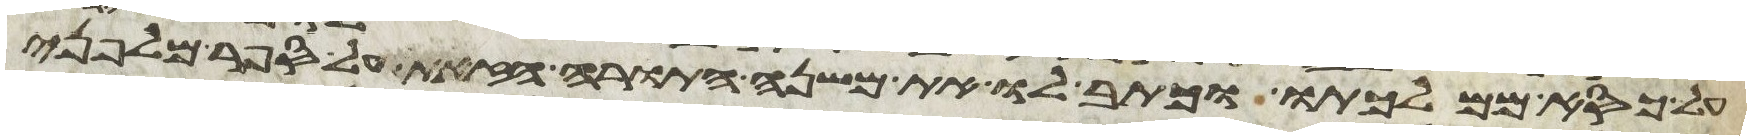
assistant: על כסא ממלכתו וכתב לו את משנה התורה הזאת על ספר מלפני